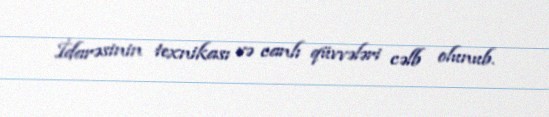
İdarəsinin texnikası və canlı qüvvələri cəlb olunub.